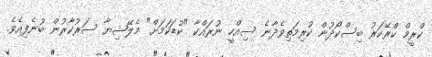
ކްރީމް ކްރޭކަރު ބިސްކޯދުން ކުރިމަތިވެދާނެ ސިއްހީ ނުރައްކާ "ކުޑަކަމަށް" މެލޭޝިޔާ ސަރުކާރުން ބުނެފިއެވެ.